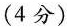
（4分）